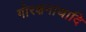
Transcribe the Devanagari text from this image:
गोरक्षनाथादि